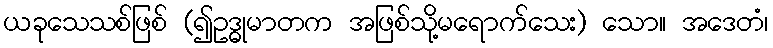
ယခုသေသစ်ဖြစ် (၍ဥဒ္ဓုမာတက အဖြစ်သို့မရောက်သေး) သော။ အဒေတံ၊